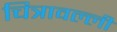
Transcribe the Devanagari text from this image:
चित्रावल्ली